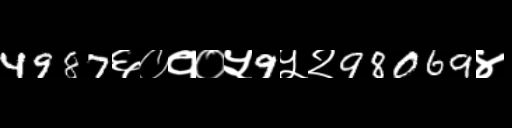
Text: 4987६०१०५9५२98069४